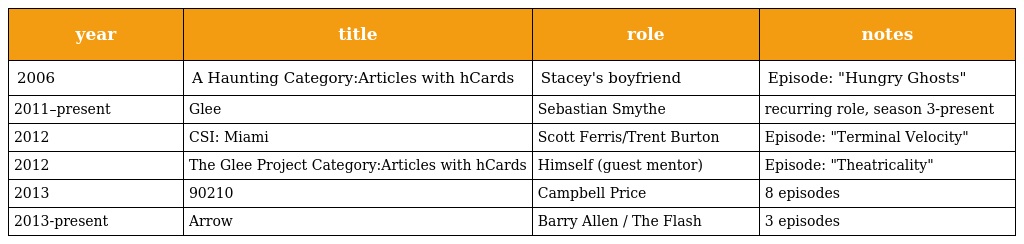
| year | title | role | notes |
 | --- | --- | --- | --- |
 | 2006 | A Haunting Category:Articles with hCards | Stacey's boyfriend | Episode: "Hungry Ghosts" |
 | 2011–present | Glee | Sebastian Smythe | recurring role, season 3-present |
 | 2012 | CSI: Miami | Scott Ferris/Trent Burton | Episode: "Terminal Velocity" |
 | 2012 | The Glee Project Category:Articles with hCards | Himself (guest mentor) | Episode: "Theatricality" |
 | 2013 | 90210 | Campbell Price | 8 episodes |
 | 2013-present | Arrow | Barry Allen / The Flash | 3 episodes |